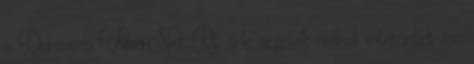
a Dunaweb FiberNet Rt. féle vezeték nélküli internetet van